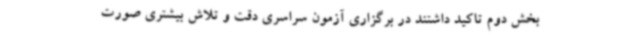
بخش دوم تاکید داشتند در برگزاری آزمون سراسری دقت و تلاش بیشتری صورت